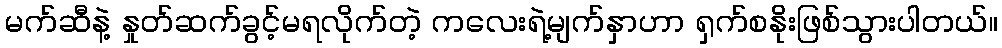
မက်ဆီနဲ့ နှုတ်ဆက်ခွင့်မရလိုက်တဲ့ ကလေးရဲ့မျက်နှာဟာ ရှက်စနိုးဖြစ်သွားပါတယ်။